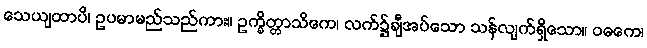
သေယျထာပိ၊ ဥပမာမည်သည်ကား။ ဥက္ခိတ္တာသိကေ၊ လက်၌ချီအပ်သော သန်လျက်ရှိသော။ ဝဓကေ၊